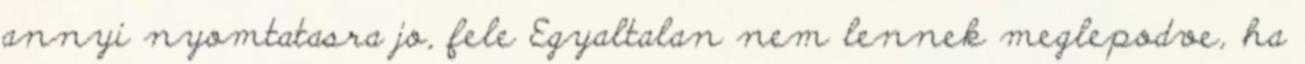
annyi nyomtatasra jo, fele Egyaltalan nem lennek meglepodve, ha